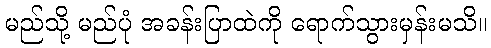
မည်သို့ မည်ပုံ အခန်းပြာထဲကို ရောက်သွားမှန်းမသိ။